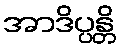
အာဒိပ္ပန္တိ